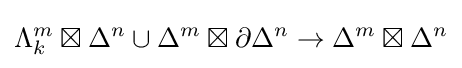
\Lambda _{k}^{m}\boxtimes \Delta ^{n}\cup \Delta ^{m}\boxtimes \partial \Delta ^{n}\rightarrow \Delta ^{m}\boxtimes \Delta ^{n}